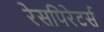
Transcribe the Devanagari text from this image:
रेसपिरेटर्स